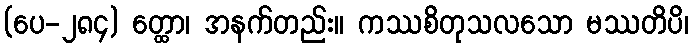
(ပေ-၂၈၄) တ္ထော၊ အနက်တည်း။ ကဿစိတုသလသော မဿတိပိ၊